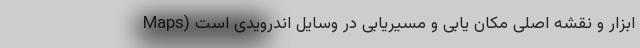
Maps) ابزار و نقشه اصلی مکان یابی و مسیریابی در وسایل اندرویدی است